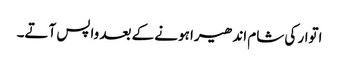
اتوار کی شام اندھیرا ہونے کے بعد واپس آتے۔